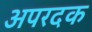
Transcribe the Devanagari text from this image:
अपरदक